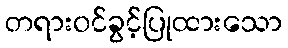
တရားဝင်ခွင့်ပြုထားသော